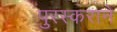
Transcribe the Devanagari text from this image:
पुरस्कराने